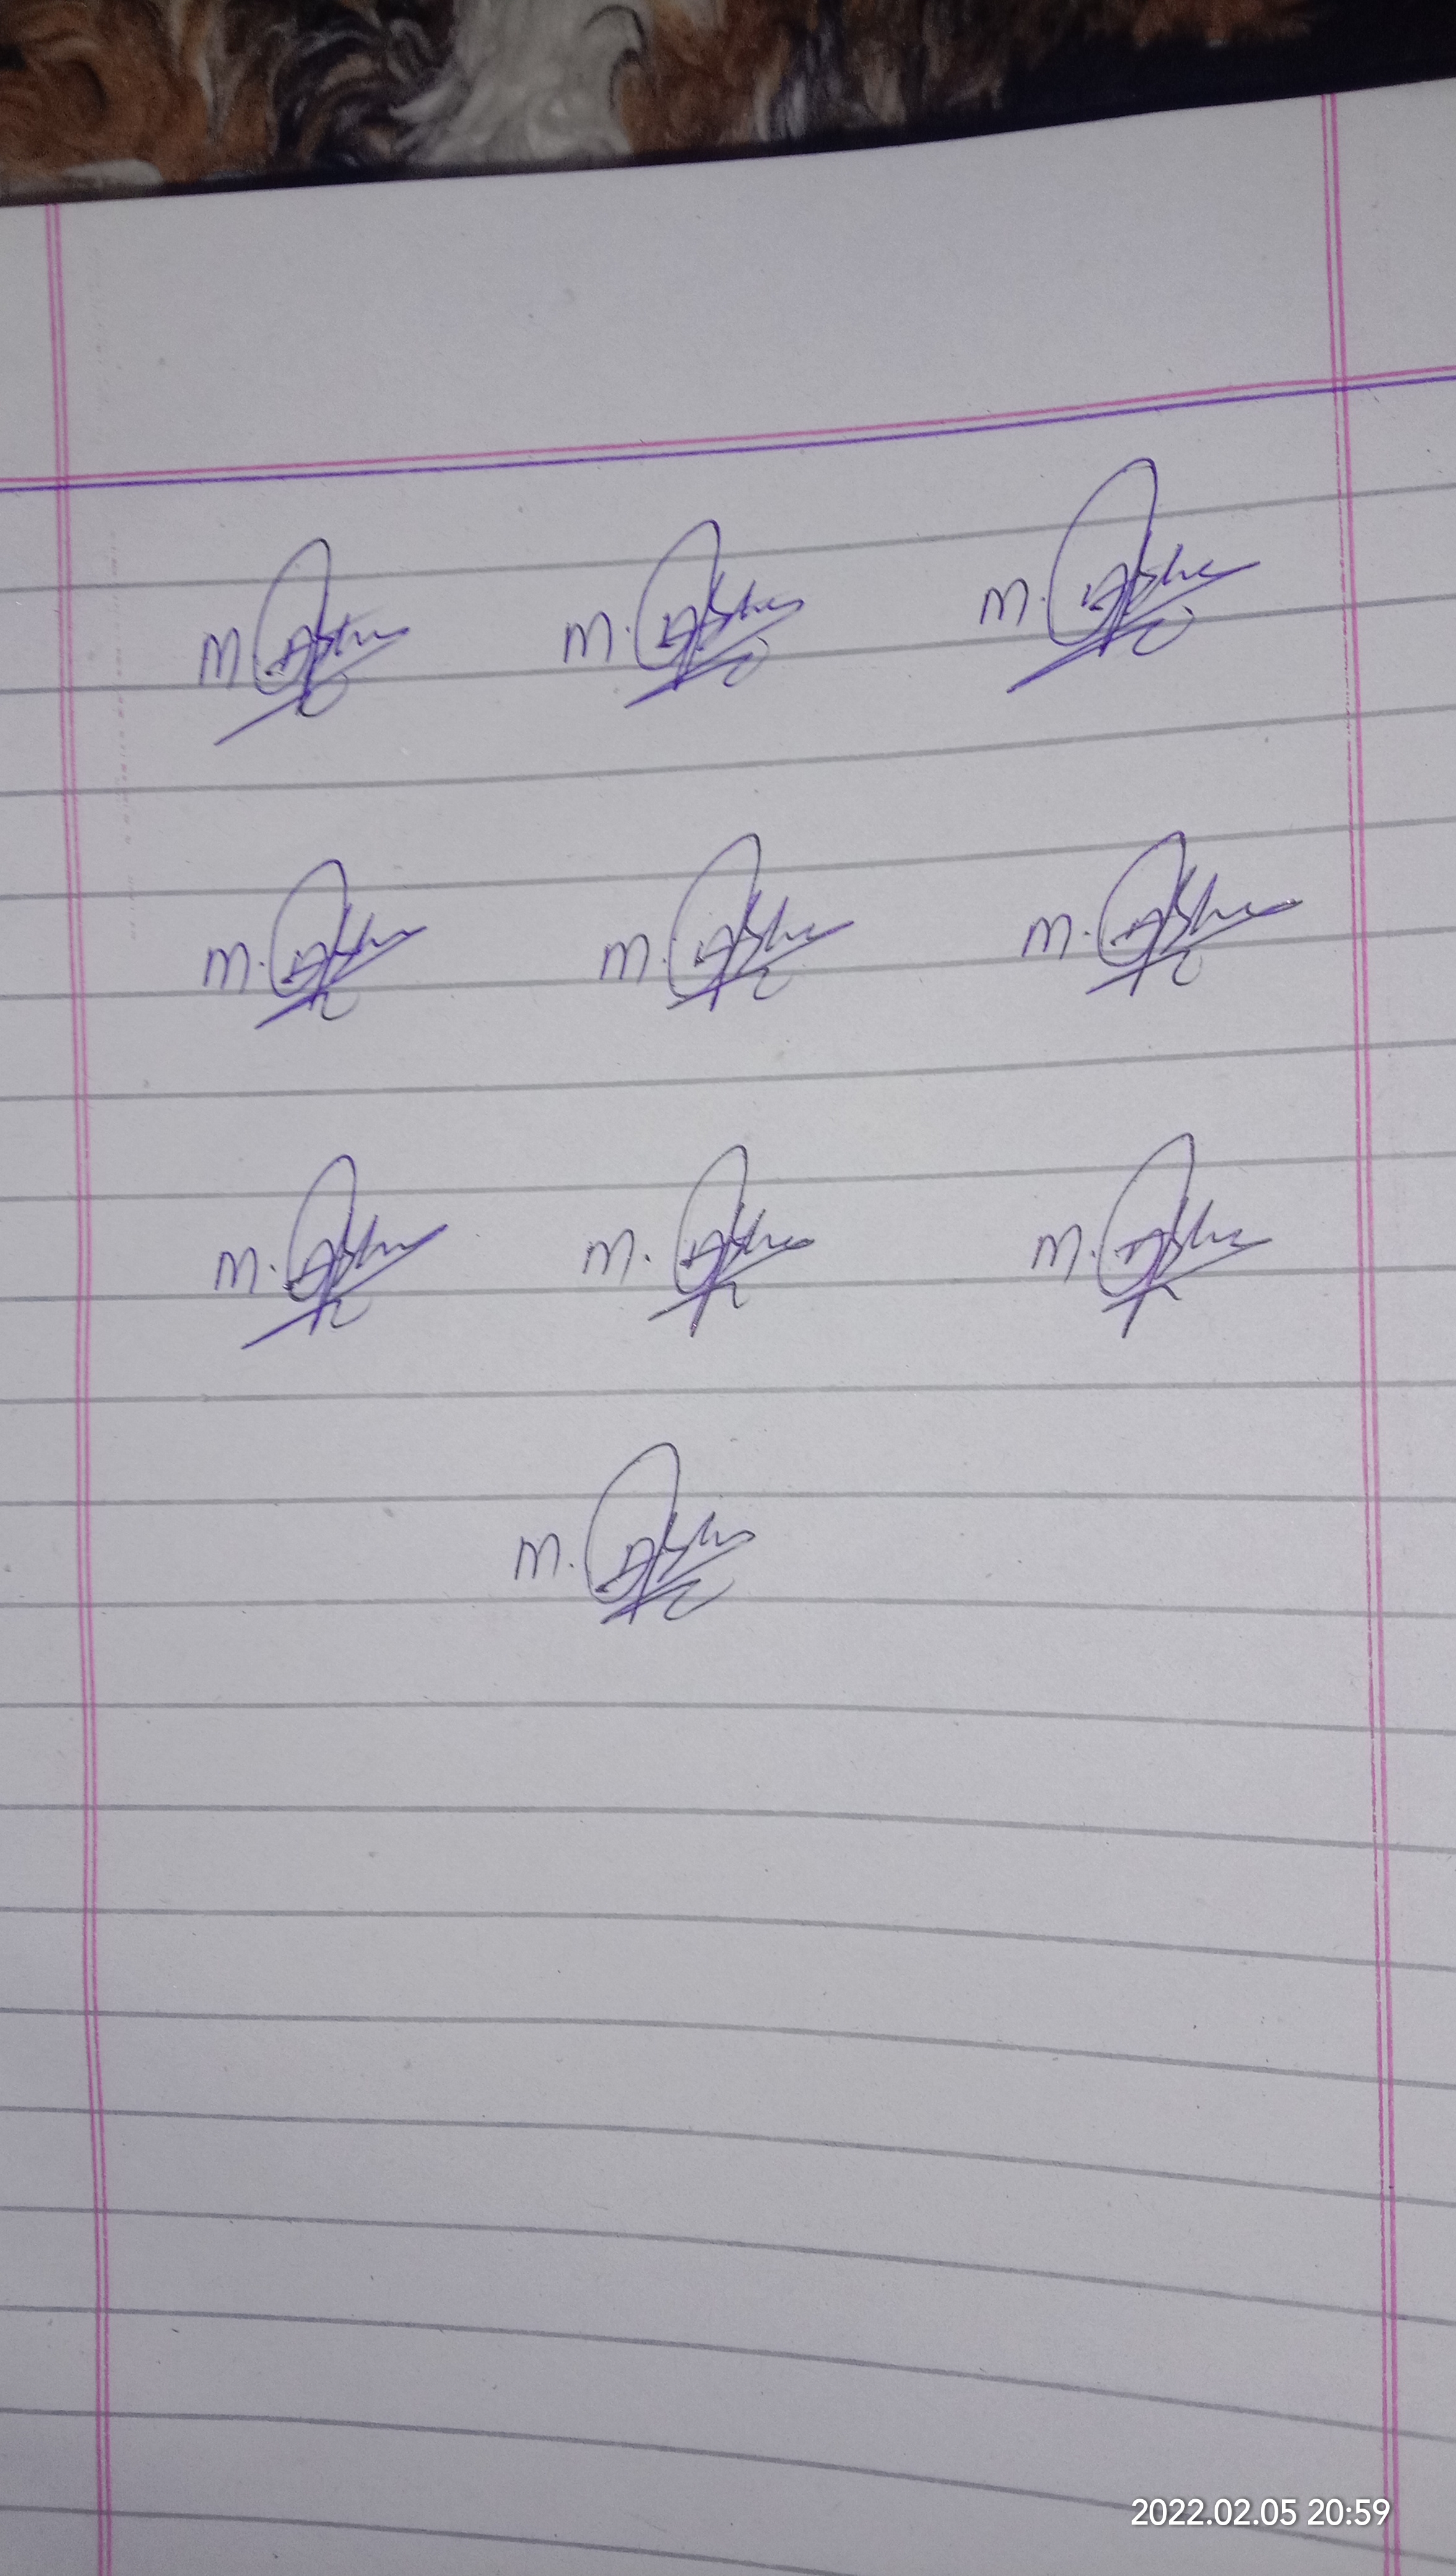
Signature authenticity: genuine